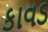
કાવડ